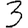
Digit: 3